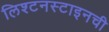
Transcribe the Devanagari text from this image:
लिश्टनस्टाइनची